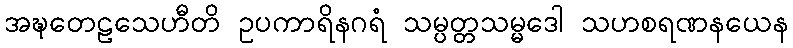
အဍ္ဎတေဠသေဟီတိ ဥပကာရိနဂရံ သမ္ပတ္တသမ္မဒေါ သဟစရဏနယေန